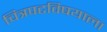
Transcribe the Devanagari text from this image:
चित्रपटविषयाला